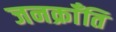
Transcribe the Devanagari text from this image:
जनक्राँति